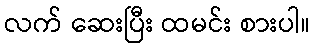
လက် ဆေးပြီး ထမင်း စားပါ။